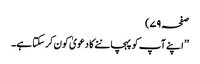
صفحہ ۷۹)
’’ اپنے آپ کو پہچاننے کا دعویٰ کون کر سکتا ہے۔